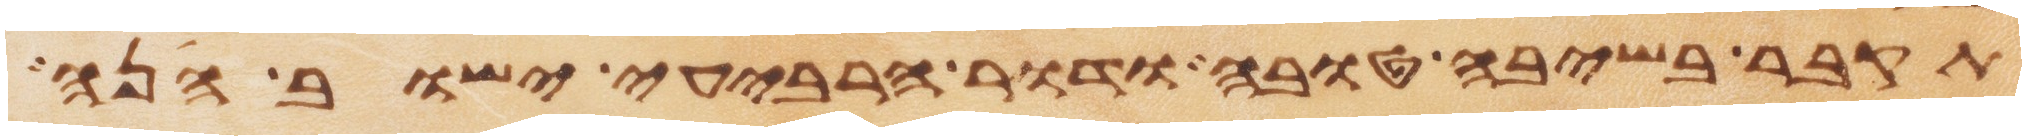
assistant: תקבר בשיבה טובה ודור הרביעי ישוב הנה